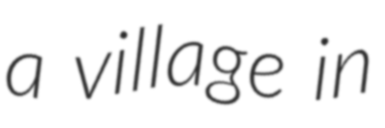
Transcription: a village in